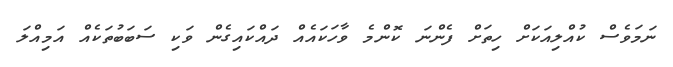
ނަމަވެސް ކުއްލިއަކަށް ހިތަށް ފެންނަ ކޮންމެ ވާހަކައެއް ދައްކައިގެން ވަކި ސަބަބުތަކެއް އަމިއްލަ